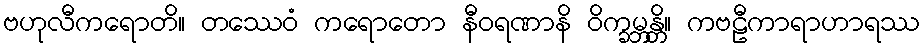
ဗဟုလီကရောတိ။ တဿေဝံ ကရောတော နီဝရဏာနိ ဝိက္ခမ္ဘန္တိ။ ကဗဠီကာရာဟာရဿ